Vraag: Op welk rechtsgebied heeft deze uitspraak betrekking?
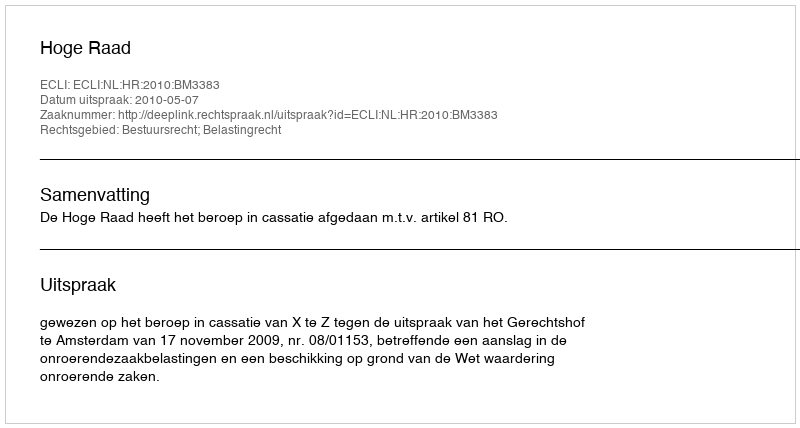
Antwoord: Bestuursrecht; Belastingrecht